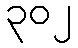
၃၀၂